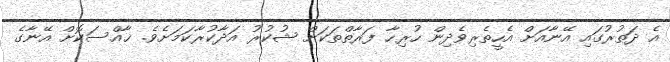
އެ ދަތުރުގައި އޭނާއަށް އެހީތެރިވެދިން ހުރިހާ ފަރާތްތަކަށް ޝުކުރު އަދާކުރާކަމަށެވެ. ޚާއްސަކޮށް އޭނާގެ